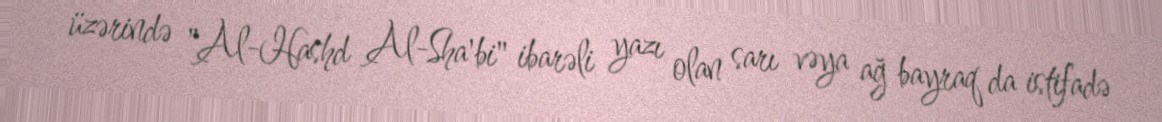
üzərində "Al-Hashd Al-Sha'bi" ibarəli yazı olan sarı vəya ağ bayraq da istifadə